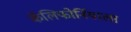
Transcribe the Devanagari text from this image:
कॅलिफोर्नियाला